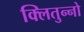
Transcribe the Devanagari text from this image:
क्लितुन्नो